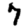
Digit: 7